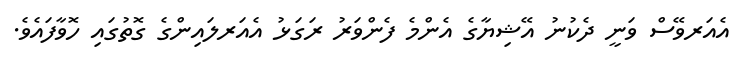
އެއަރވޭސް ވަނީ ދެކުނު އޭޝިޔާގެ އެންމެ ފެންވަރު ރަގަޅު އެއަރލައިންގެ ގޮތުގައި ހޮވާފައެވެ.